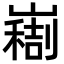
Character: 𫶚